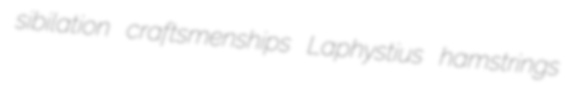
sibilation craftsmenships Laphystius hamstrings